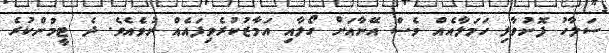
ސަލާހު ފޮނުވާލި ހަމަލާއެއް ވެސް އޭނާއަށް ގޯލާއި އަމާޒުކުރެވިފައެއް ނުވެއެވެ. ދެ ޓީމުންކުރެ